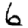
Digit: 6